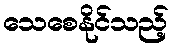
သေစေနိုင်သည့်